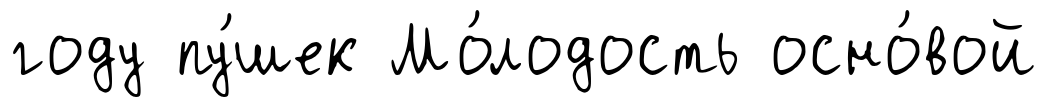
году пу́шек Мо́лодость осно́вой